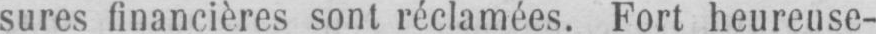
sures financières sont réclamées. Fort heureuse-